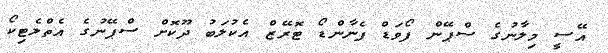
އޭސީ މިލާނުގެ ސްޕޭން ފޯވަޑް ފެނާންޑޯ ޓޮރޭޒް އެކުލަބު ދޫކޮށް ސްޕޭނުގެ އެތްލެޓިކޯ